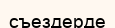
съездерде